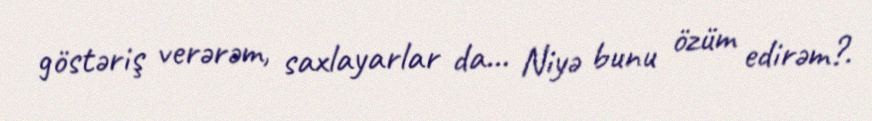
göstəriş verərəm, saxlayarlar da... Niyə bunu özüm edirəm?.